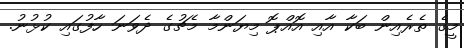
މީގެ ތެރެއިން ބަކާ އާއި އޮއްޕޮ މިޔަންމާ މެޗުގެ ދެވަނަ ހާފުގައި ކުޅުނު.